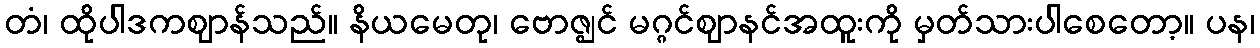
တံ၊ ထိုပါဒကဈာန်သည်။ နိယမေတု၊ ဗောဇ္ဈင် မဂ္ဂင်ဈာနင်အထူးကို မှတ်သားပါစေတော့။ ပန၊